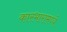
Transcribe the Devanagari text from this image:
कारभारामध्ये